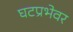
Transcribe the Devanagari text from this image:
घटप्रभेवर